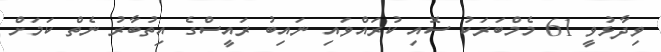
ވިދާޅުވީ 61 މެމްބަރަކު ސޮއި ކުރައްވައި ނައިބު ރައީސްގެ އިތުބާރު ނެތް ކަމަށް